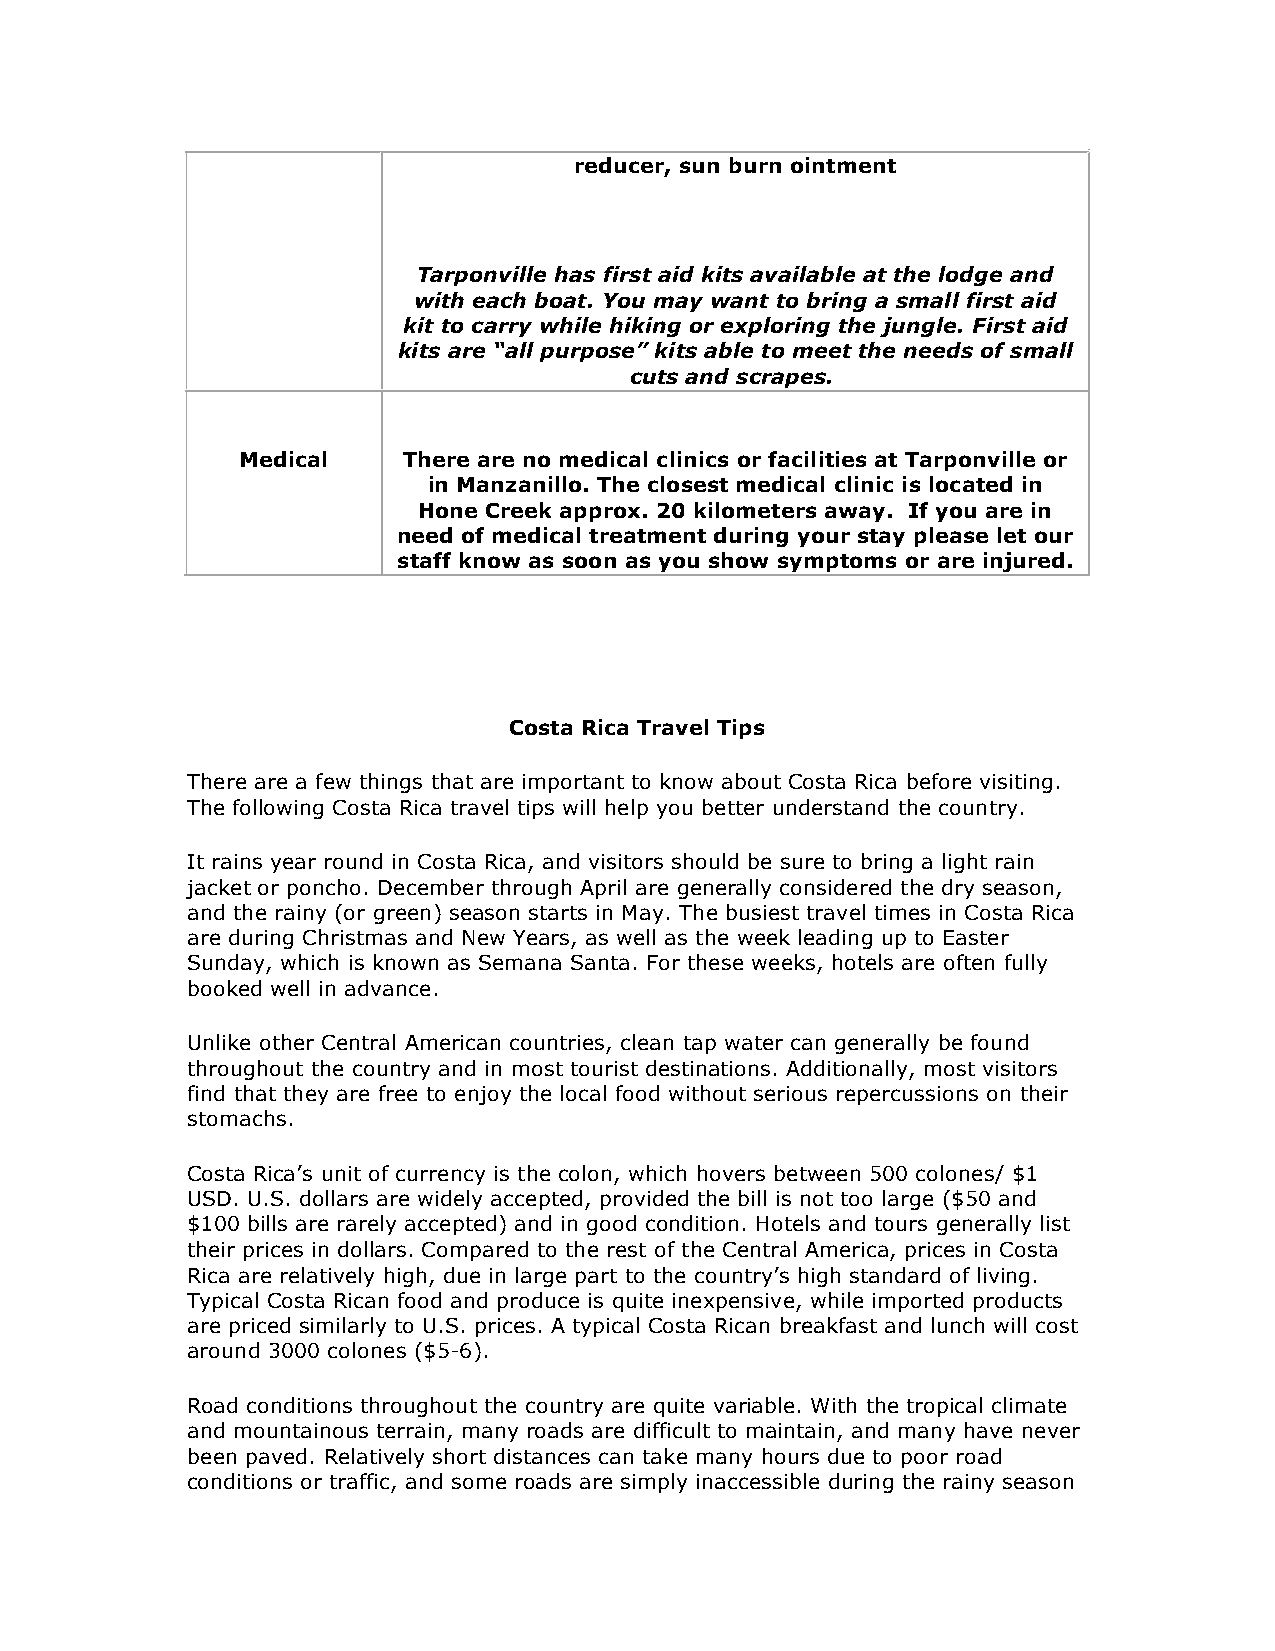
reducer, sun burn ointment
 Tarponville has first aid kits available at the lodge and
 with each boat. You may want to bring a small first aid
 kit to carry while hiking or exploring the jungle. First aid
 kits are “all purpose” kits able to meet the needs of small
 cuts and scrapes.
 Medical    There are no medical clinics or facilities at Tarponville or
 in Manzanillo. The closest medical clinic is located in
 Hone Creek approx. 20 kilometers away. If you are in
 need of medical treatment during your stay please let our
 staff know as soon as you show symptoms or are injured.
 Costa Rica Travel Tips
 There are a few things that are important to know about Costa Rica before visiting.
 The following Costa Rica travel tips will help you better understand the country.
 It rains year round in Costa Rica, and visitors should be sure to bring a light rain
 jacket or poncho. December through April are generally considered the dry season,
 and the rainy (or green) season starts in May. The busiest travel times in Costa Rica
 are during Christmas and New Years, as well as the week leading up to Easter
 Sunday, which is known as Semana Santa. For these weeks, hotels are often fully
 booked well in advance.
 Unlike other Central American countries, clean tap water can generally be found
 throughout the country and in most tourist destinations. Additionally, most visitors
 find that they are free to enjoy the local food without serious repercussions on their
 stomachs.
 Costa Rica’s unit of currency is the colon, which hovers between 500 colones/ $1
 USD. U.S. dollars are widely accepted, provided the bill is not too large ($50 and
 $100 bills are rarely accepted) and in good condition. Hotels and tours generally list
 their prices in dollars. Compared to the rest of the Central America, prices in Costa
 Rica are relatively high, due in large part to the country’s high standard of living.
 Typical Costa Rican food and produce is quite inexpensive, while imported products
 are priced similarly to U.S. prices. A typical Costa Rican breakfast and lunch will cost
 around 3000 colones ($5-6).
 Road conditions throughout the country are quite variable. With the tropical climate
 and mountainous terrain, many roads are difficult to maintain, and many have never
 been paved. Relatively short distances can take many hours due to poor road
 conditions or traffic, and some roads are simply inaccessible during the rainy season